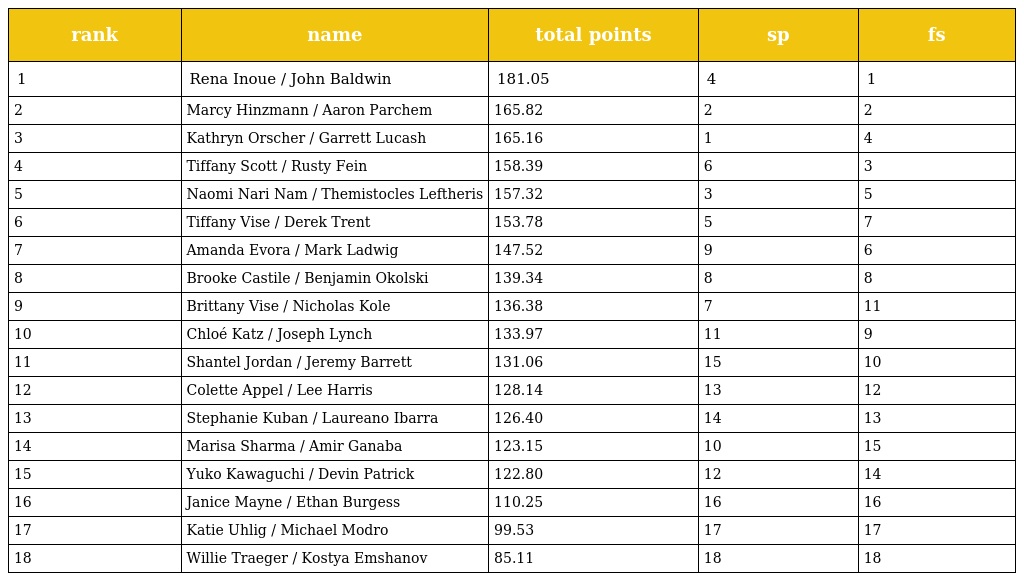
| rank | name | total points | sp | fs |
 | --- | --- | --- | --- | --- |
 | 1 | Rena Inoue / John Baldwin | 181.05 | 4 | 1 |
 | 2 | Marcy Hinzmann / Aaron Parchem | 165.82 | 2 | 2 |
 | 3 | Kathryn Orscher / Garrett Lucash | 165.16 | 1 | 4 |
 | 4 | Tiffany Scott / Rusty Fein | 158.39 | 6 | 3 |
 | 5 | Naomi Nari Nam / Themistocles Leftheris | 157.32 | 3 | 5 |
 | 6 | Tiffany Vise / Derek Trent | 153.78 | 5 | 7 |
 | 7 | Amanda Evora / Mark Ladwig | 147.52 | 9 | 6 |
 | 8 | Brooke Castile / Benjamin Okolski | 139.34 | 8 | 8 |
 | 9 | Brittany Vise / Nicholas Kole | 136.38 | 7 | 11 |
 | 10 | Chloé Katz / Joseph Lynch | 133.97 | 11 | 9 |
 | 11 | Shantel Jordan / Jeremy Barrett | 131.06 | 15 | 10 |
 | 12 | Colette Appel / Lee Harris | 128.14 | 13 | 12 |
 | 13 | Stephanie Kuban / Laureano Ibarra | 126.40 | 14 | 13 |
 | 14 | Marisa Sharma / Amir Ganaba | 123.15 | 10 | 15 |
 | 15 | Yuko Kawaguchi / Devin Patrick | 122.80 | 12 | 14 |
 | 16 | Janice Mayne / Ethan Burgess | 110.25 | 16 | 16 |
 | 17 | Katie Uhlig / Michael Modro | 99.53 | 17 | 17 |
 | 18 | Willie Traeger / Kostya Emshanov | 85.11 | 18 | 18 |